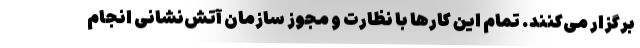
برگزار می‌کنند. تمام این کارها با نظارت و مجوز سازمان آتش‌نشانی انجام